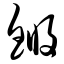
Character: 锵